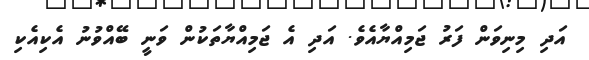
އަދި މިނިވަން ފަރު ޖަމިއްޔާއެވެ. އަދި އެ ޖަމިއްޔާތަކުން ވަނީ ބޭއްވުނު އެކިއެކި